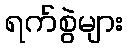
ရက်စွဲများ